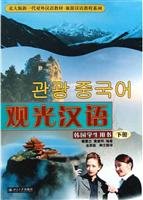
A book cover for Tourist Chinese (the Korean Student Book) / North version of the new generation of Chinese in Chinese textbooks Travel Guide Series (Paperback); QIN HUI LAN; Travel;